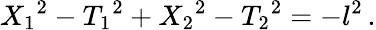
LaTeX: {X_{1}}^{2}-{T_{1}}^{2}+{X_{2}}^{2}-{T_{2}}^{2}=-l^{2}\, .